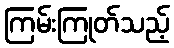
ကြမ်းကြုတ်သည့်